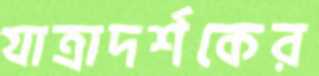
যাত্রাদর্শকের